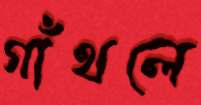
গাঁথলে